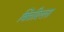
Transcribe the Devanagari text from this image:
बित्तील्ला